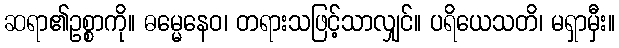
ဆရာ၏ဥစ္စာကို။ ဓမ္မေနေဝ၊ တရားသဖြင့်သာလျှင်။ ပရိယေသတိ၊ မရှာမှီး။